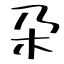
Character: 朶